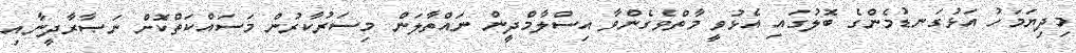
މިދިޔަމަހު އަޅުގަނޑުމެންގެ ބޮލުގައި އެޅުވީ މާތްވެގެންވާ އިސްލާމްދީން ނައްތާލަން މިސަރުކާރުން މަސައްކަތްކޮށް ނަޞާރާދީނާއި